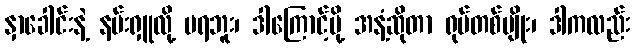
နှာခေါင်းနဲ့ နမ်းရှူလို့ မရဘူး၊ ဒါကြောင့်မို့ အနံ့ဆိုတာ ရုပ်တစ်မျိုး၊ ဒါကလည်း